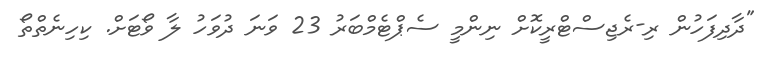
"ދާދިފަހުން ރި-ރެޖިސްޓްރީކޮށް ނިންމީ ސެޕްޓެމްބަރު 23 ވަނަ ދުވަހު ލާ ވޯޓަށް. ކިހިނެތްތޯ